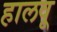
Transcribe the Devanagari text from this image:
हालवू